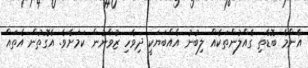
އެންމެ ބޮޑެތި ގެއްލުންތަކެއް ލިބުނު އެއްބަޔަކީ ދިވެހި ޒުވާނުން ކަމަށެވެ. އެގޮތުން އެތައް